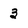
Character: 3